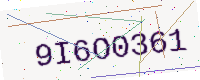
Text: 9I6O0361